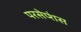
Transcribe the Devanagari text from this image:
परसेप्शंस